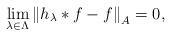
LaTeX: \begin{align*}\lim_{\lambda\in\Lambda} \left\Vert h_\lambda\ast f-f \right\Vert_A=0,\end{align*}